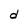
Character: d